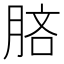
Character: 𣍵